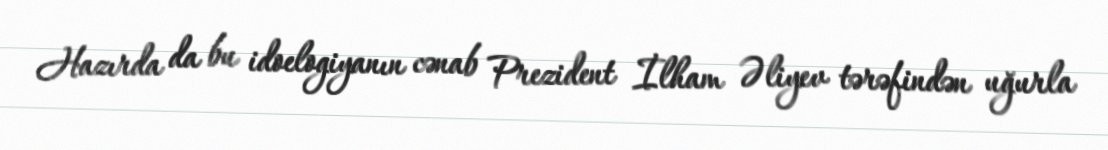
Hazırda da bu idoelogiyanın cənab Prezident İlham Əliyev tərəfindən uğurla